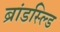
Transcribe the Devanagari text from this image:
ब्रांडस्ल्डि